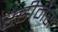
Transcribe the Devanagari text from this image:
रेडीनेस